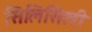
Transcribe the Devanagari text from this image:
सिलिसिली